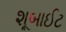
શૂબાઈટ